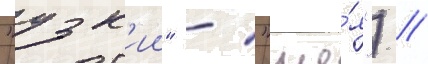
"узк'ии" - "ше́я") //